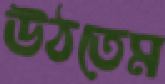
উঠতেম